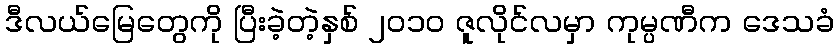
ဒီလယ်မြေတွေကို ပြီးခဲ့တဲ့နှစ် ၂၀၁၀ ဇူလိုင်လမှာ ကုမ္ပဏီက ဒေသခံ